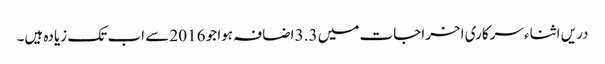
دریں اثناء سرکاری اخراجات میں 3.3 اضافہ ہوا جو 2016 سے اب تک زیادہ ہیں۔